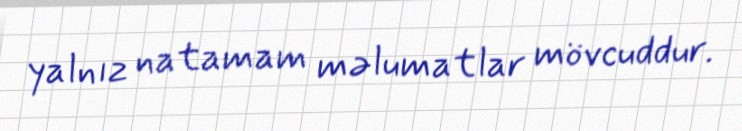
yalnız natamam məlumatlar mövcuddur.